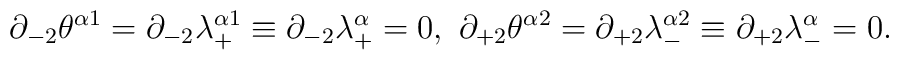
\partial_{-2}\theta^{\alpha1}=\partial_{-2}\lambda^{\alpha1}_+\equiv\partial_{-2}\lambda^{\alpha}_+=0,\ \partial_{+2}\theta^{\alpha2}=\partial_{+2}\lambda^{\alpha2}_-\equiv\partial_{+2}\lambda^{\alpha}_-=0.